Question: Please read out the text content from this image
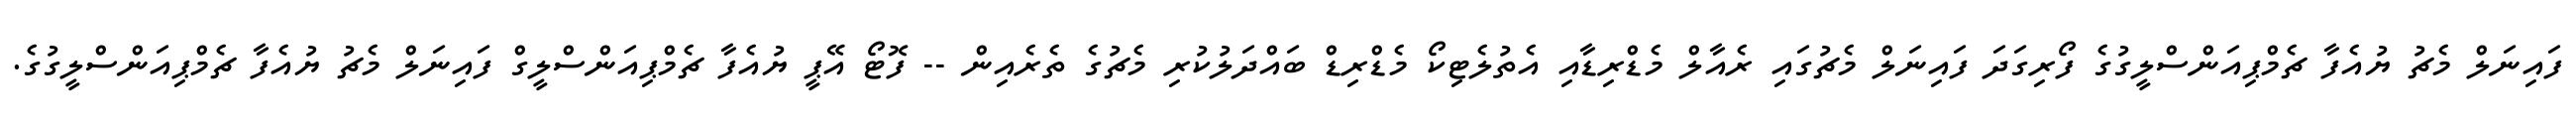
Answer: ފައިނަލް މެޗު ޔުއެފާ ޗެމްޕިއަންސްލީގުގެ ފޯރިގަދަ ފައިނަލް މެޗުގައި ރެއާލް މެޑްރިޑާއި އެތުލެޓިކޯ މެޑްރިޑް ބައްދަލުކުރި މެޗުގެ ތެރެއިން -- ފޮޓޯ އޭޕީ ޔުއެފާ ޗެމްޕިއަންސްލީގް ފައިނަލް މެޗު ޔުއެފާ ޗެމްޕިއަންސްލީގުގެ.